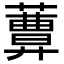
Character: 𦿩